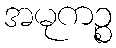
အမုကဉ္စ